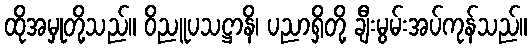
ထိုအမှုတို့သည်။ ဝိညူပသဋ္ဌာနိ၊ ပညာရှိတို့ ချီးမွမ်းအပ်ကုန်သည်။